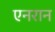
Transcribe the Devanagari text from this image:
एनरान